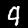
Digit: 9